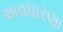
અવધારણા